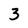
Character: 3